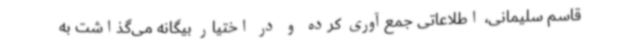
قاسم سلیمانی، اطلاعاتی جمع‌آوری کرده و در اختیار بیگانه می‌گذاشت به